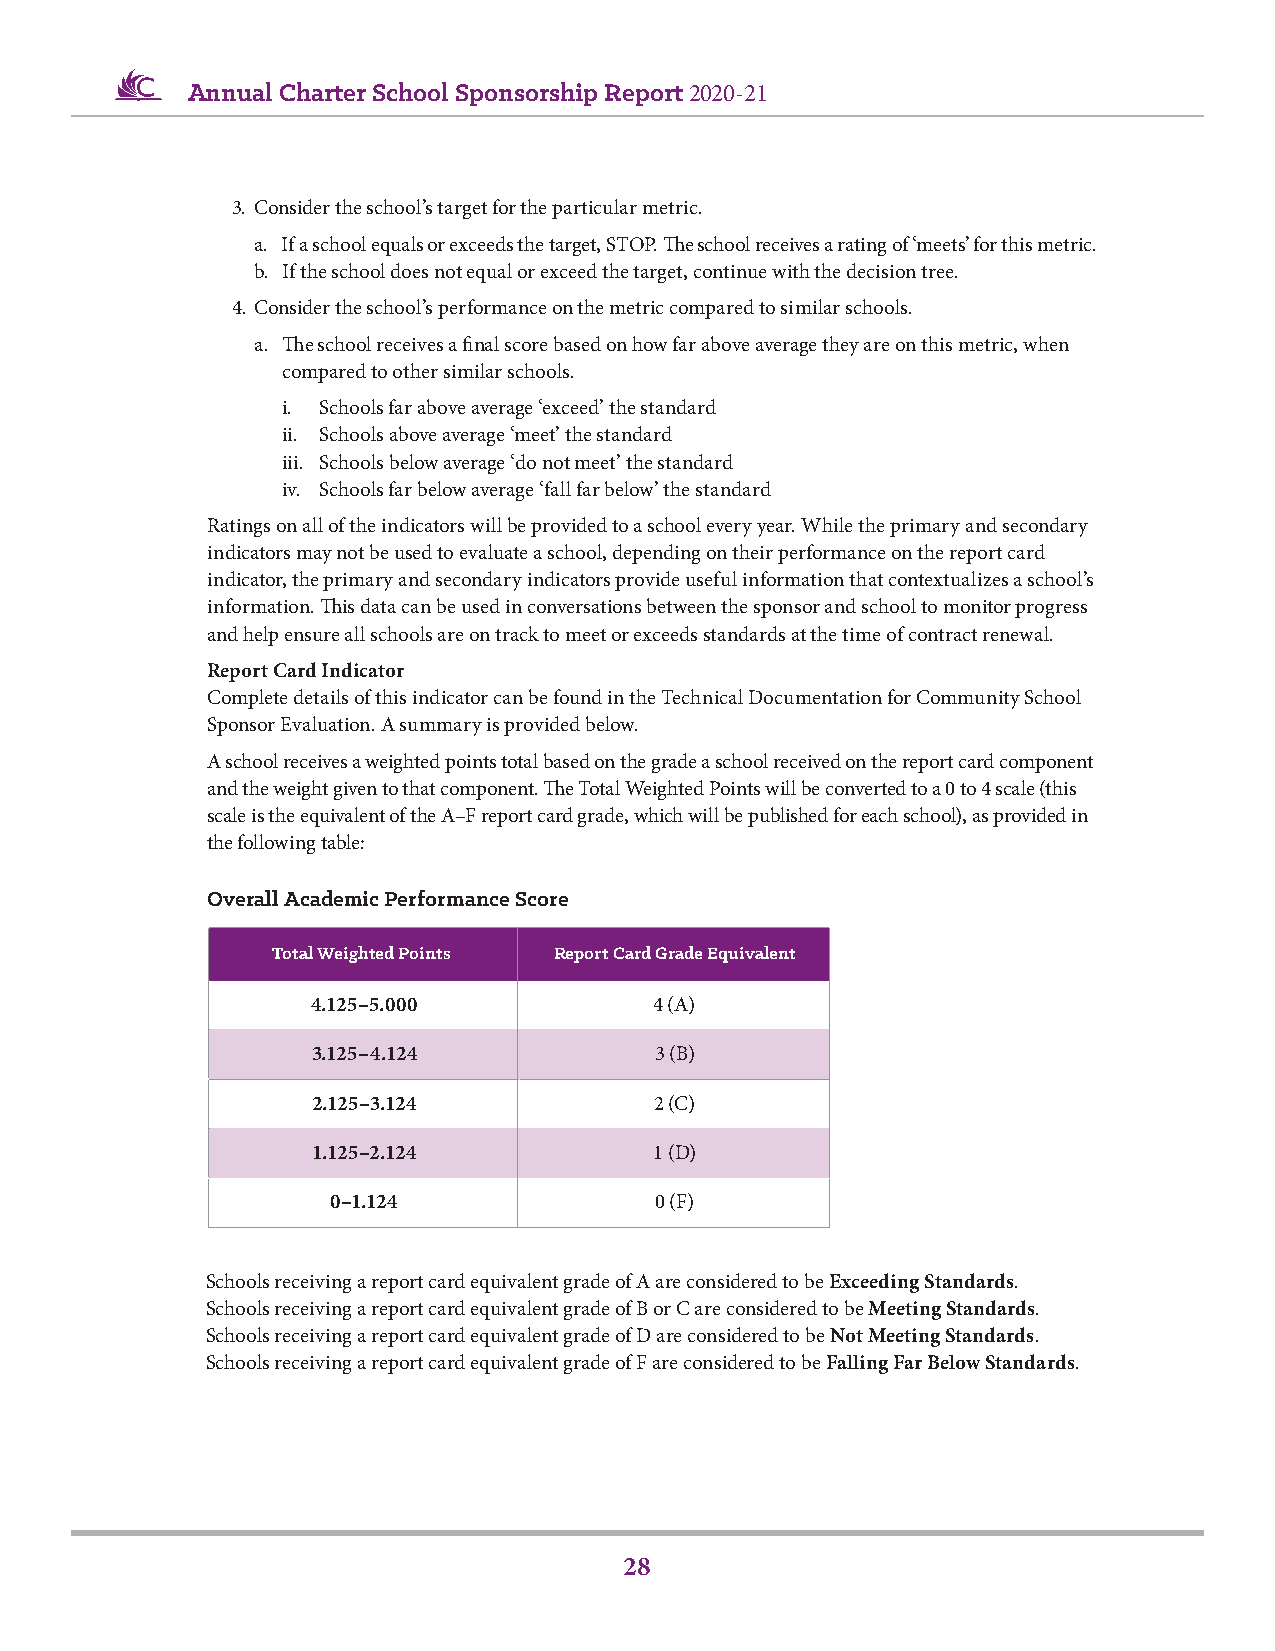
Annual Charter School Sponsorship Report 2020-21
 3. Consider the school’s target for the particular metric.
 a. If a school equals or exceeds the target, STOP. The school receives a rating of ‘meets’ for this metric.
 b. If the school does not equal or exceed the target, continue with the decision tree.
 4. Consider the school’s performance on the metric compared to similar schools.
 a. The school receives a final score based on how far above average they are on this metric, when
 compared to other similar schools.
 i. Schools far above average ‘exceed’ the standard
 ii. Schools above average ‘meet’ the standard
 iii. Schools below average ‘do not meet’ the standard
 iv. Schools far below average ‘fall far below’ the standard
 Ratings on all of the indicators will be provided to a school every year. While the primary and secondary
 indicators may not be used to evaluate a school, depending on their performance on the report card
 indicator, the primary and secondary indicators provide useful information that contextualizes a school’s
 information. This data can be used in conversations between the sponsor and school to monitor progress
 and help ensure all schools are on track to meet or exceeds standards at the time of contract renewal.
 Report Card Indicator
 Complete details of this indicator can be found in the Technical Documentation for Community School
 Sponsor Evaluation. A summary is provided below.
 A school receives a weighted points total based on the grade a school received on the report card component
 and the weight given to that component. The Total Weighted Points will be converted to a 0 to 4 scale (this
 scale is the equivalent of the A–F report card grade, which will be published for each school), as provided in
 the following table:
 Overall Academic Performance Score
 TToottaall WWeTigohtatel dW Peoiginhttsed PointseightRRedeepp Pooorrittn CCtsaarrdd GGrraaddee EEqquuiivvaalleenntt
 4.125–5.000           4 (A)
 33..112255––44..112244 33 ((BB))
 2.125–3.124           2 (C)
 11..112255––22..112244 11 ((DD))
 0–1.124              0 (F)
 Schools receiving a report card equivalent grade of A are considered to be Exceeding Standards.
 Schools receiving a report card equivalent grade of B or C are considered to be Meeting Standards.
 Schools receiving a report card equivalent grade of D are considered to be Not Meeting Standards.
 Schools receiving a report card equivalent grade of F are considered to be Falling Far Below Standards.
 28